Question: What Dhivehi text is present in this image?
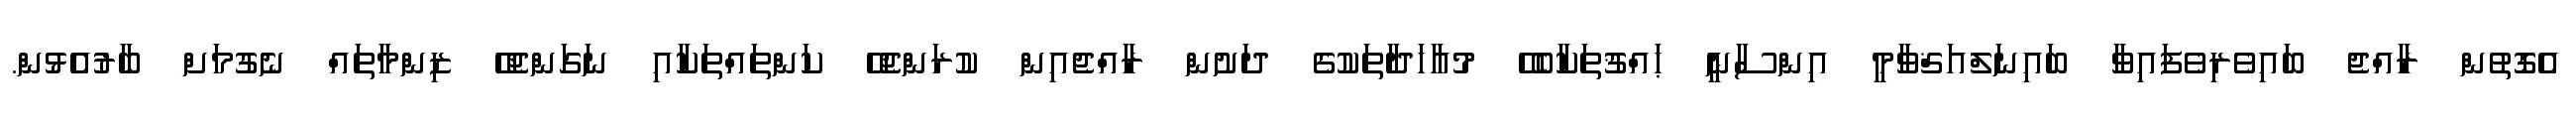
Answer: އެގޮތުން ރާއްޖެ ބައިވެރިވެފައިވާ ބައިނަލްއަޤްވާމީ އިންސާނީ ޙައްޤުތަކާބެހޭ މުޢާހަދާތަކުގެ ދަށުން ރާއްޖެއިން ކުރަންޖެހޭ ކަންތައްތަކާއި ނަގަންޖެހޭ ޒިންމާތައް ނެގުމަށް ބާރުއެޅުން.